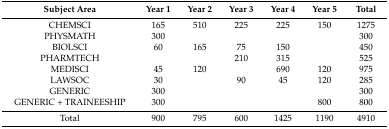
| Subject Area | Year 1 | Year 2 | Year 3 | Year 4 | Year 5 | Total |
 | --- | --- | --- | --- | --- | --- | --- |
 | CHEMSCI | 165 | 510 | 225 | 225 | 150 | 1275 |
 | PHYSMATH | 300 |  |  |  |  | 300 |
 | BIOLSCI | 60 | 165 | 75 | 150 |  | 450 |
 | PHARMTECH |  |  | 210 | 315 |  | 525 |
 | MEDISCI | 45 | 120 |  | 690 | 120 | 975 |
 | LAWSOC | 30 |  | 90 | 45 | 120 | 285 |
 | GENERIC | 300 |  |  |  |  | 300 |
 | GENERIC + TRAINEESHIP | 300 |  |  |  | 800 | 800 |
 | Total | 900 | 795 | 600 | 1425 | 1190 | 4910 |